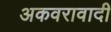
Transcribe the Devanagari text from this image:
अकवरावादी